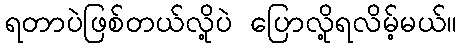
ရတာပဲဖြစ်တယ်လို့ပဲ ပြောလို့ရလိမ့်မယ်။